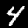
Label: 4